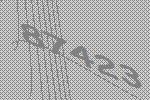
87423